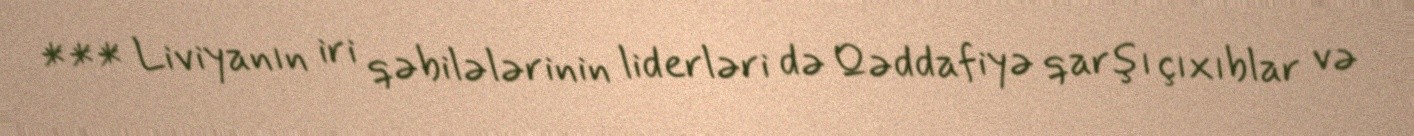
*** Liviyanın iri qəbilələrinin liderləri də Qəddafiyə qarşı çıxıblar və